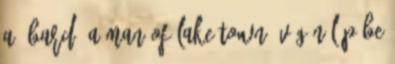
a "Bard, a Man of Lake-Town" végén lép be